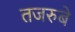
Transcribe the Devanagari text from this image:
तजरुबे